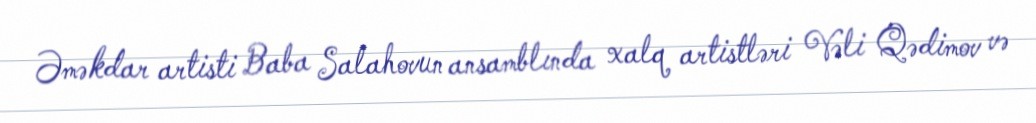
Əməkdar artisti Baba Salahovun ansamblında xalq artistləri Vəli Qədimov və